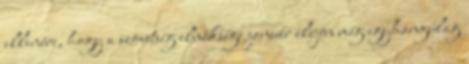
ellenére, hogy a szövetség elnöksége január elején még egyhangúlag